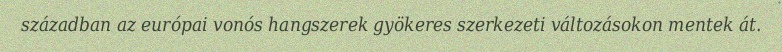
században az európai vonós hangszerek gyökeres szerkezeti változásokon mentek át.